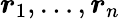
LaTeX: \boldsymbol{r}_{1},\ldots,\boldsymbol{r}_{n}